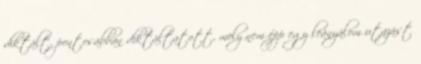
diktált, pontosabban diktáltatott, mely nem épp egy leányálom utazást